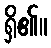
ရှိ၏။